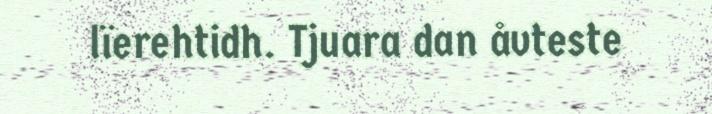
lïerehtidh. Tjuara dan åvteste